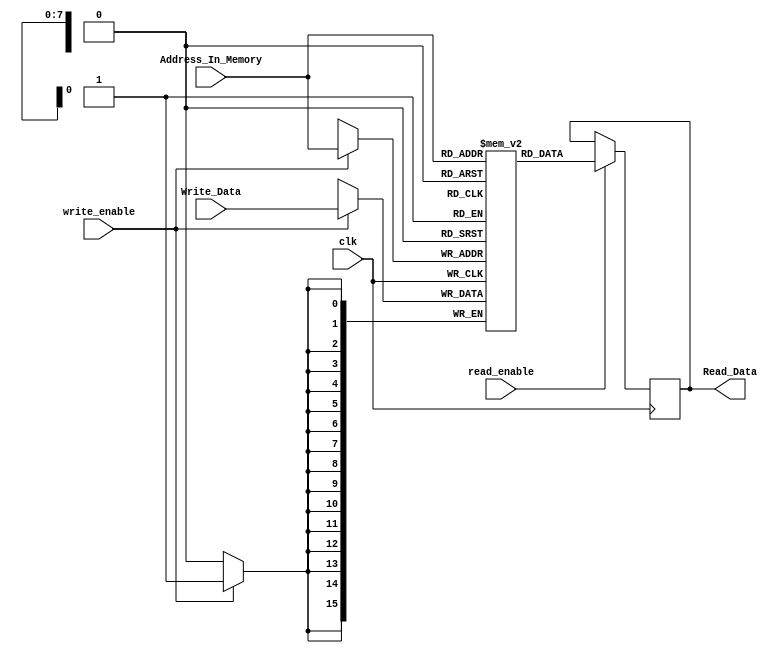
`timescale 1ns / 1ps
//////////////////////////////////////////////////////////////////////////////////
// Company: 
// 
// Design Name: 
// Module Name: Memory
// Project Name: 
// Target Devices: 
// Tool Versions: 
// Description: 
// 
// Dependencies: 
// 
// Revision:
// Revision 0.01 - File Created
// Additional Comments:
// 
//////////////////////////////////////////////////////////////////////////////////


module MEMORY( input clk, 
            input [7:0] Address_In_Memory,
            input [15:0] Write_Data,
            input read_enable, 
            input write_enable, 
            output reg [15:0] Read_Data);


reg [15:0] Memory[0:255];



always@(posedge clk)
begin
    
    if (read_enable)
        begin 
            Read_Data <= Memory[Address_In_Memory];
        end
    if (write_enable)
        begin 
            Memory[Address_In_Memory] <= Write_Data;
        end
end
endmodule